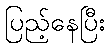
ပြည့်နေပြီး